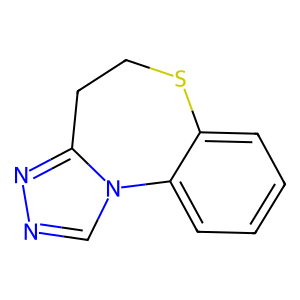
SMILES: c1ccc2c(c1)SCCc1nncn1-2
Inhibits HIV replication: No